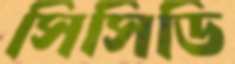
সিসিডি